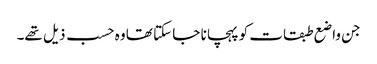
جن واضع طبقات کو پہچانا جا سکتا تھا وہ حسب ذیل تھے۔